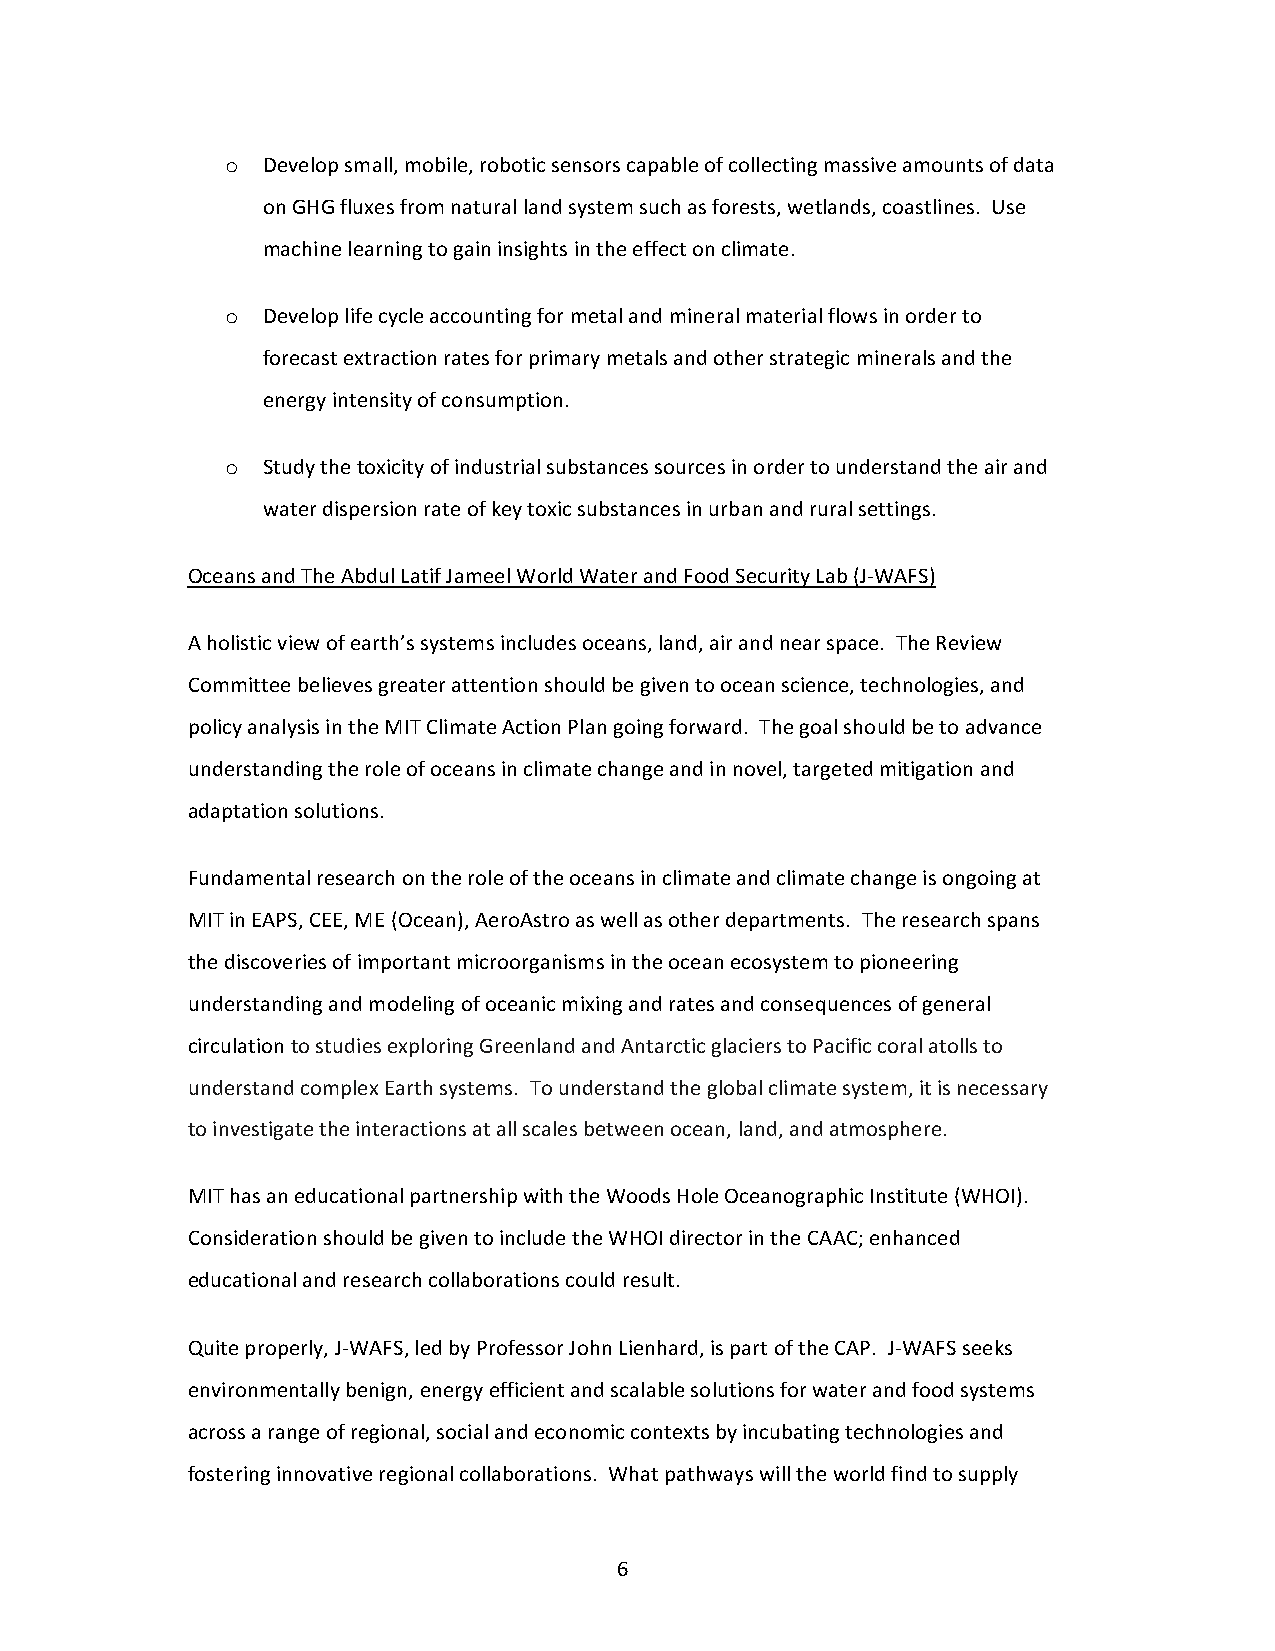
o Develop small, mobile, robotic sensors capable of collecting massive amounts of data
 on GHG fluxes from natural land system such as forests, wetlands, coastlines. Use
 machine learning to gain insights in the effect on climate.
 o Develop life cycle accounting for metal and mineral material flows in order to
 forecast extraction rates for primary metals and other strategic minerals and the
 energy intensity of consumption.
 o Study the toxicity of industrial substances sources in order to understand the air and
 water dispersion rate of key toxic substances in urban and rural settings.
 Oceans and The Abdul Latif Jameel World Water and Food Security Lab (J-WAFS)
 A holistic view of earth’s systems includes oceans, land, air and near space. The Review
 Committee believes greater attention should be given to ocean science, technologies, and
 policy analysis in the MIT Climate Action Plan going forward. The goal should be to advance
 understanding the role of oceans in climate change and in novel, targeted mitigation and
 adaptation solutions.
 Fundamental research on the role of the oceans in climate and climate change is ongoing at
 MIT in EAPS, CEE, ME (Ocean), AeroAstro as well as other departments. The research spans
 the discoveries of important microorganisms in the ocean ecosystem to pioneering
 understanding and modeling of oceanic mixing and rates and consequences of general
 circulation to studies exploring Greenland and Antarctic glaciers to Pacific coral atolls to
 understand complex Earth systems. To understand the global climate system, it is necessary
 to investigate the interactions at all scales between ocean, land, and atmosphere.
 MIT has an educational partnership with the Woods Hole Oceanographic Institute (WHOI).
 Consideration should be given to include the WHOI director in the CAAC; enhanced
 educational and research collaborations could result.
 Quite properly, J-WAFS, led by Professor John Lienhard, is part of the CAP. J-WAFS seeks
 environmentally benign, energy efficient and scalable solutions for water and food systems
 across a range of regional, social and economic contexts by incubating technologies and
 fostering innovative regional collaborations. What pathways will the world find to supply
 6